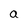
Character: a